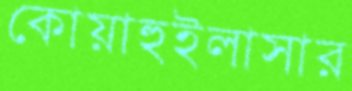
কোয়াহুইলাসার